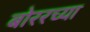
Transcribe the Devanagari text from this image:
बोररच्या